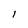
Character: l